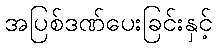
အပြစ်ဒဏ်ပေးခြင်းနှင့်